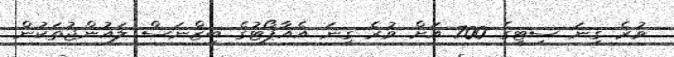
ވުރެ ގިނަ ސިޓީގެ 700 އަށް ވުރެ ގިނަ އެއާޕޯޓުގެ ބިޒްނަސް ލައުންޖުތަކުން